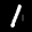
Label: 1